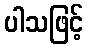
ပါသဖြင့်